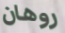
روهان